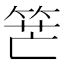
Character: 𥭶